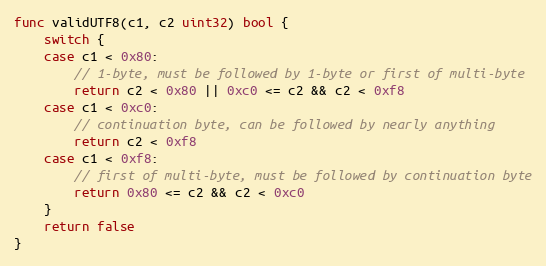
Language: Go
func validUTF8(c1, c2 uint32) bool {
	switch {
	case c1 < 0x80:
		// 1-byte, must be followed by 1-byte or first of multi-byte
		return c2 < 0x80 || 0xc0 <= c2 && c2 < 0xf8
	case c1 < 0xc0:
		// continuation byte, can be followed by nearly anything
		return c2 < 0xf8
	case c1 < 0xf8:
		// first of multi-byte, must be followed by continuation byte
		return 0x80 <= c2 && c2 < 0xc0
	}
	return false
}